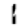
Digit: 1